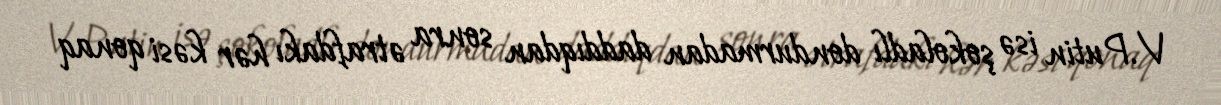
V.Putin isə şokoladlı dondurmadan daddıqdan sonra ətrafdakı hər kəsi qonaq